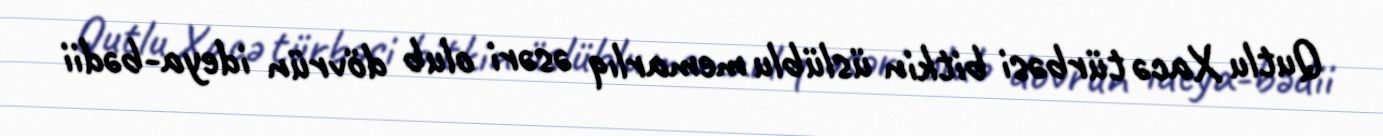
Qutlu Xacə türbəsi bitkin üslüblu memarlıq əsəri olub dövrün ideya-bədii